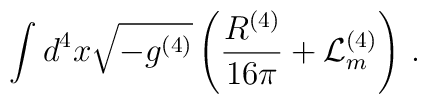
\int d^4 x \sqrt{-g^{(4)}} \left(\frac{R^{(4)}}{16 \pi} +\mathcal{L}^{(4)}_m\right)\, .